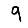
Digit: 9